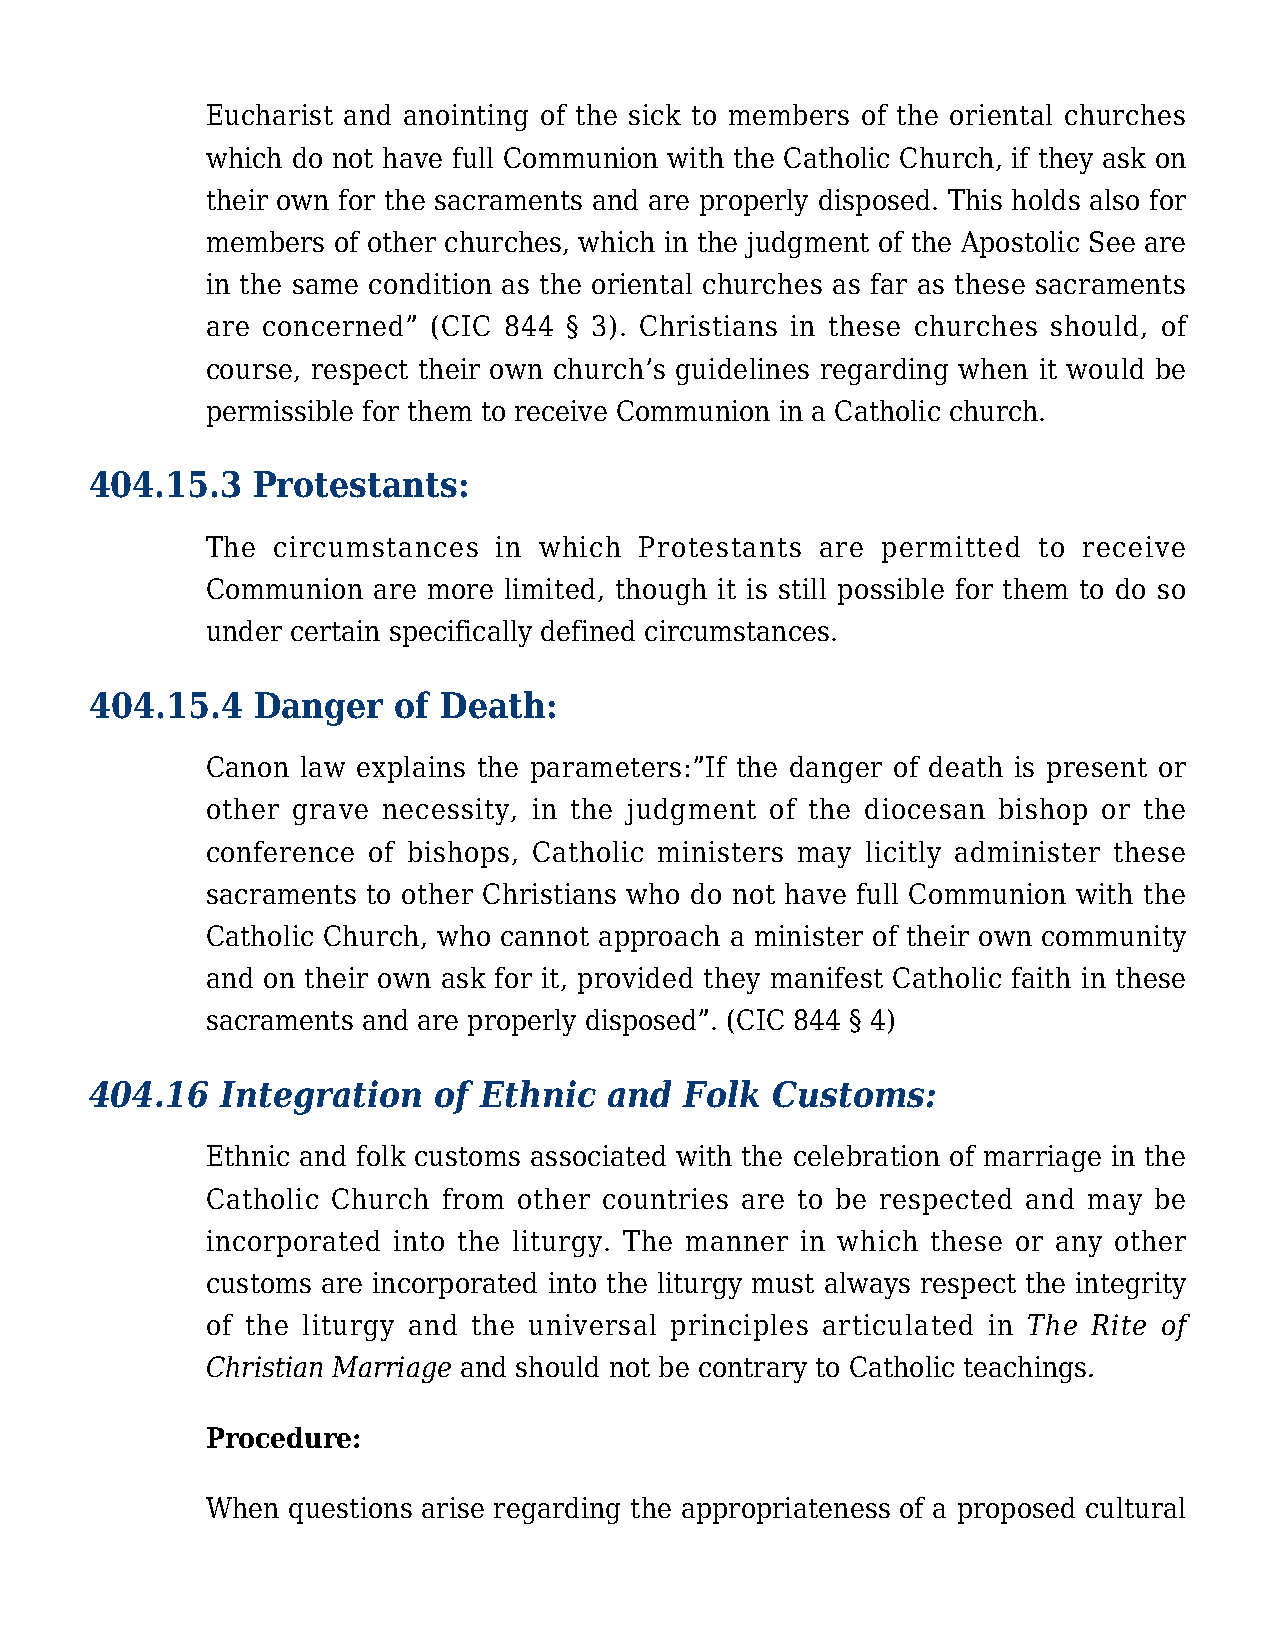
Eucharist and anointing of the sick to members of the oriental churches
 which do not have full Communion with the Catholic Church, if they ask on
 their own for the sacraments and are properly disposed. This holds also for
 members of other churches, which in the judgment of the Apostolic See are
 in the same condition as the oriental churches as far as these sacraments
 are concerned” (CIC 844 § 3). Christians in these churches should, of
 course, respect their own church’s guidelines regarding when it would be
 permissible for them to receive Communion in a Catholic church.
 404.15.3   Protestants:
 The circumstances  in which Protestants are permitted  to receive
 Communion  are more limited, though it is still possible for them to do so
 under certain specifically defined circumstances.
 404.15.4   Danger   of Death:
 Canon law explains the parameters:”If the danger of death is present or
 other grave necessity, in the judgment of the diocesan bishop or the
 conference of bishops, Catholic ministers may licitly administer these
 sacraments to other Christians who do not have full Communion with the
 Catholic Church, who cannot approach a minister of their own community
 and on their own ask for it, provided they manifest Catholic faith in these
 sacraments and are properly disposed”. (CIC 844 § 4)
 404.16   Integration   of Ethnic  and  Folk  Customs:
 Ethnic and folk customs associated with the celebration of marriage in the
 Catholic Church from other countries are to be respected and may be
 incorporated into the liturgy. The manner in which these or any other
 customs are incorporated into the liturgy must always respect the integrity
 of the liturgy and the universal principles articulated in The Rite of
 Christian Marriage and should not be contrary to Catholic teachings.
 Procedure:
 When questions arise regarding the appropriateness of a proposed cultural